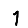
Digit: 1